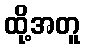
ထို့အတူ